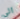
الى